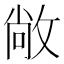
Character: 敞